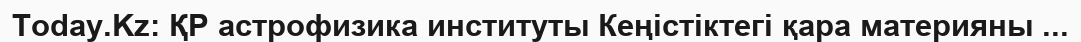
Today.Kz: ҚР астрофизика институты Кеңістіктегі қара материяны ...